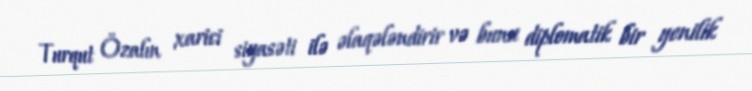
Turqut Özalın xarici siyasəti ilə əlaqələndirir və bunu diplomatik bir yenilik